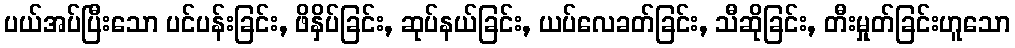
ပယ်အပ်ပြီးသော ပင်ပန်းခြင်း, ဖိနှိပ်ခြင်း, ဆုပ်နယ်ခြင်း, ယပ်လေခတ်ခြင်း, သီဆိုခြင်း, တီးမှုတ်ခြင်းဟူသော